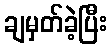
ချမှတ်ခဲ့ပြီး